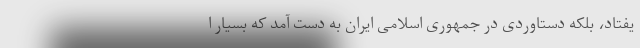
یفتاد، بلکه دستاوردی در جمهوری اسلامی ایران به دست آمد که بسیار ا